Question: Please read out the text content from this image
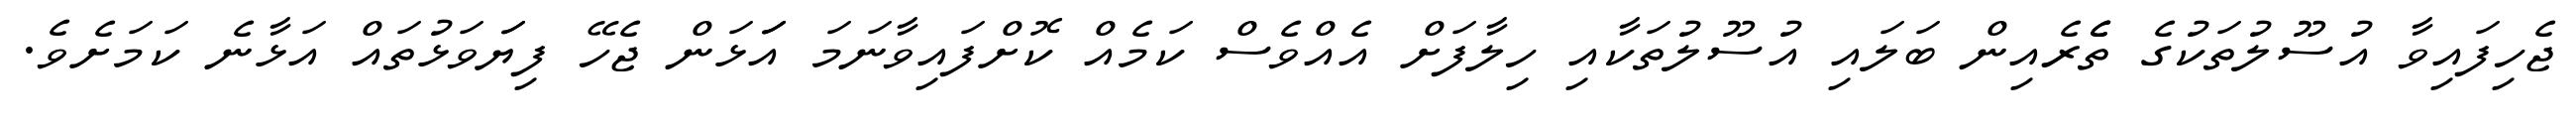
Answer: ޖެހިފައިވާ އުސޫލުތަކުގެ ތެެރެއިން ބަލައި އުސޫލުތަކާއި ހިލާފަށް އެއްވެސް ކަމެއް ކޮށްފައިވާނަމަ އަަަޅަން ޖެހޭ ފިޔަަވަޅުތައް އަޅާނެ ކަމަށެވެ.